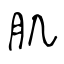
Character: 肌